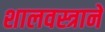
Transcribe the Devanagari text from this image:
शालवस्त्रानें